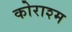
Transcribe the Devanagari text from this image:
कोराश्म